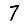
Digit: 7